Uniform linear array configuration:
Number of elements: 12
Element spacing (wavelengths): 0.5
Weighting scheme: uniform
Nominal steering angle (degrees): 60
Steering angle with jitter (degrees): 60.915
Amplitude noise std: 0.05
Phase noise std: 0.05

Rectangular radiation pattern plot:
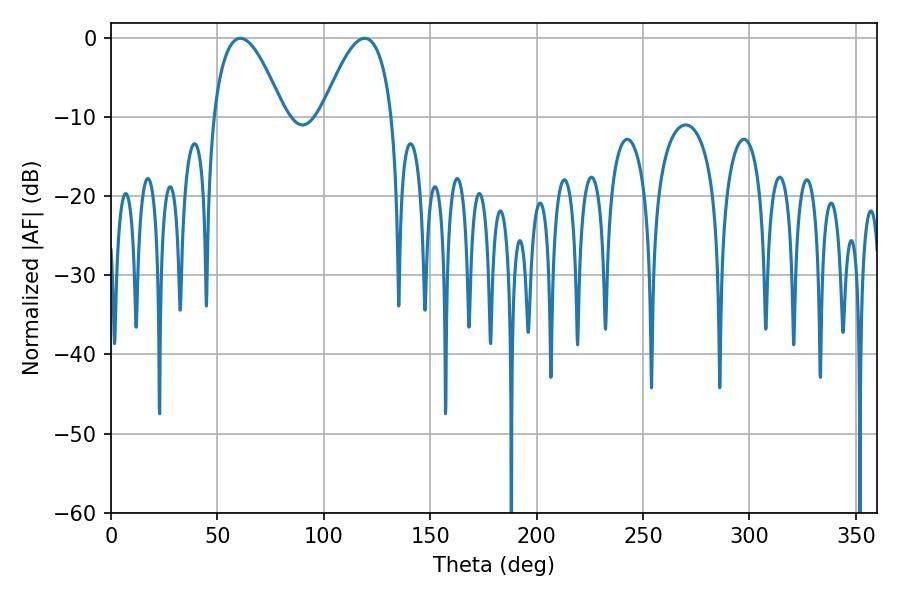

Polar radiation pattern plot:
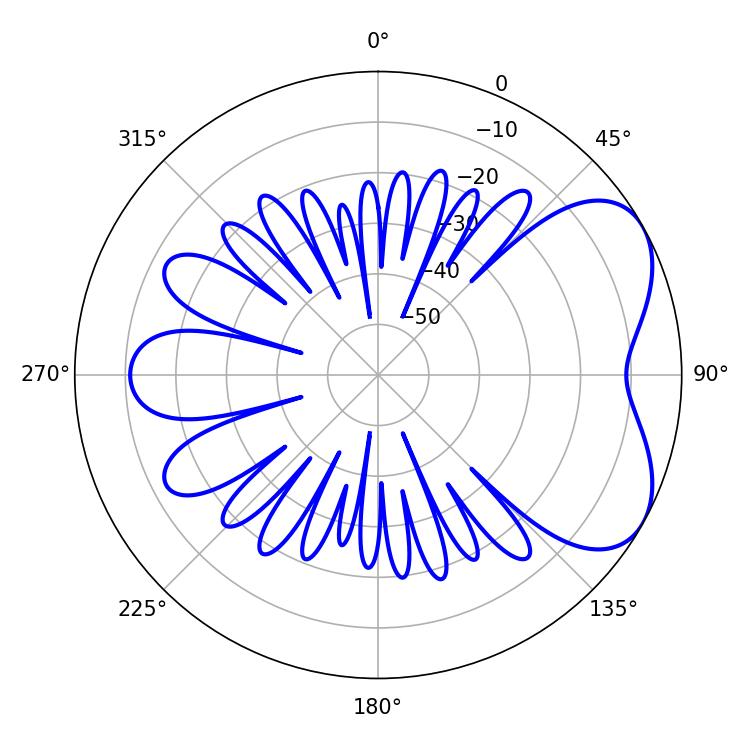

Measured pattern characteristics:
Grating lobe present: FALSE
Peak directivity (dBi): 5.377
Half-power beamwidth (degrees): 18
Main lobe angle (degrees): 60.84